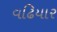
વઢિયાર